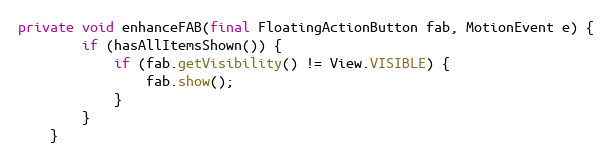
Language: Java
private void enhanceFAB(final FloatingActionButton fab, MotionEvent e) {
        if (hasAllItemsShown()) {
            if (fab.getVisibility() != View.VISIBLE) {
                fab.show();
            }
        }
    }